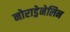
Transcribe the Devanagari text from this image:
नोराड्रेनेलिन